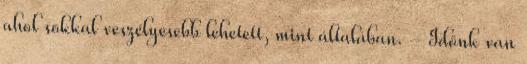
ahol sokkal veszélyesebb lehetett, mint általában. - Időnk van